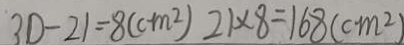
3 D - 2 1 = 8 ( c m ^ { 2 } ) 2 1 \times 8 = 1 6 8 ( c m ^ { 2 } )